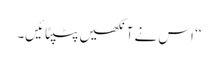
‘‘ اس نے آنکھیں پٹپٹائیں۔